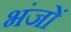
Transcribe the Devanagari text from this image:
भंजों